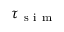
\tau _ { \mathrm { ~ s ~ i ~ m ~ } }